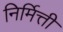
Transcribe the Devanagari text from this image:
निर्मित्ती